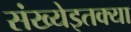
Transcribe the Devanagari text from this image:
संख्येइतक्या